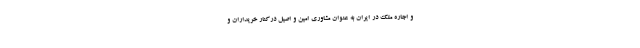
و اجاره ملک در ایران به عنوان مشاوری امین و اصیل درکنار خریداران و